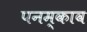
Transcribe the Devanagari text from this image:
पनम्काव